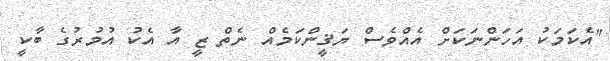
"އެކަމަކު އަހަންނަކަށް އެއްވެސް ޔަޤީންކަމެއް ނެތް ޒީ އާ އެކު އުމުރުގެ ބާކީ